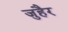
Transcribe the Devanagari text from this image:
जुहैर